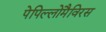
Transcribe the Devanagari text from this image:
पेपिल्लोमैविरस